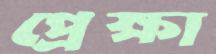
প্রেক্ষা